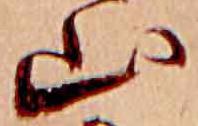
山